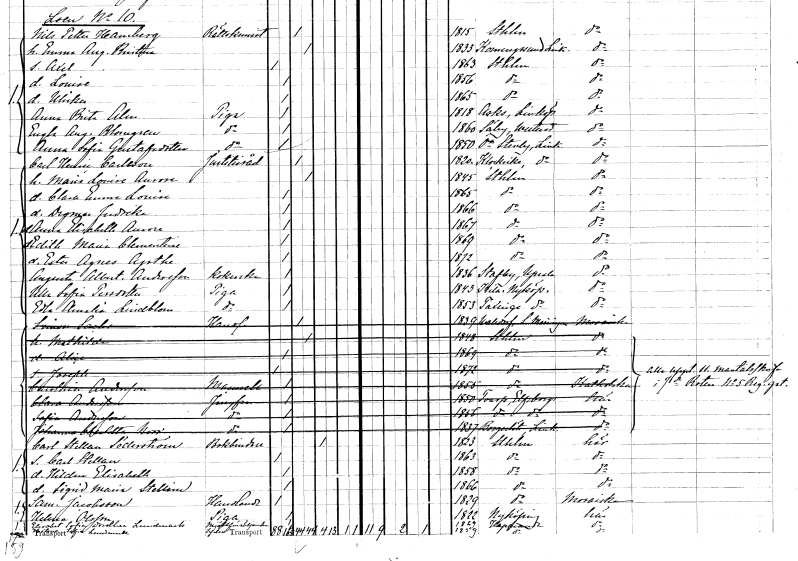
gt_parse: households: individuals: FN: Carl Henric
EN: Carlsson
YRKE: Justitieråd
KON: M
CIV: G
FODAR: 1820
FODFORS: Klockrike Östergötlands län
FN: Marie Louise Aurore
KON: K
CIV: G
FODAR: 1845
FODFORS: Stockholm
FN: Clara Emma Louise
KON: K
CIV: O
FODAR: 1865
FODFORS: Stockholm
FN: Dagmar Fredrika
KON: K
CIV: O
FODAR: 1866
FODFORS: Stockholm
FN: Anna Elisabeth Aurore
KON: K
CIV: O
FODAR: 1867
FODFORS: Stockholm
FN: Edith Maria Clementine
KON: K
CIV: O
FODAR: 1869
FODFORS: Stockholm
FN: Ester Agnes Agathe
KON: K
CIV: O
FODAR: 1872
FODFORS: Stockholm
FN: Augusta Albertina
EN: Andersson
YRKE: Kokerska
KON: K
CIV: O
FODAR: 1836
FODFORS: Stavby Uppsala län
FN: Ulla Sofia
EN: Persdotter
YRKE: Piga
KON: K
CIV: O
FODAR: 1843
FODFORS: Kila Södermanlands län
FN: Edla Amalia
EN: Lindblom
YRKE: Piga
KON: K
CIV: O
FODAR: 1853
FODFORS: Taxinge Stockholms län
FN: Simon
EN: Sachs
YRKE: Handlande
KON: M
CIV: G
FODAR: 1839
FN: Mathilda
KON: K
CIV: G
FODAR: 1848
FODFORS: Stockholm
FN: Alice
KON: K
CIV: O
FODAR: 1869
FODFORS: Stockholm
FN: Joseph
KON: M
CIV: O
FODAR: 1872
FODFORS: Stockholm
FN: Carolina
EN: Andersson
KON: K
CIV: O
FODAR: 1855
FODFORS: Stockholm
FN: Clara
EN: Andersson
YRKE: Jungfru
KON: K
CIV: O
FODAR: 1850
FODFORS: Toarp Älvsborgs län
FN: Sofia
EN: Andersson
YRKE: Jungfru
KON: K
CIV: O
FODAR: 1856
FODFORS: Toarp Älvsborgs län
FN: Johanna Charlotta
EN: Norr
YRKE: Jungfru
KON: K
CIV: O
FODAR: 1837
FODFORS: Borg och Löt Östergötlands län
FN: Carl Stellan
EN: Söderström
YRKE: Bokbindare
KON: M
CIV: E
FODAR: 1823
FODFORS: Stockholm
FN: Carl Stellan
KON: M
CIV: O
FODAR: 1863
FODFORS: Stockholm
FN: Hildur Elisabeth
KON: K
CIV: O
FODAR: 1858
FODFORS: Stockholm
FN: Sigrid Maria Stellina
KON: K
CIV: O
FODAR: 1866
FODFORS: Stockholm
FN: Samuel
EN: Jacobsson
YRKE: Handlande
KON: M
CIV: O
FODAR: 1829
FODFORS: Stockholm
FN: Helena
EN: Olsson
YRKE: Piga
KON: K
CIV: O
FODAR: 1822
FODFORS: Nyköping Södermanlands län
FN: Elisabet Sofia Dorothea
EN: Lundmark
YRKE: Mjölkförsäljerska
KON: K
CIV: O
FODAR: 1829
FODFORS: Haparanda Norrbottens län
FN: Hilma Sofia
EN: Lundmark
YRKE: Syelev
KON: K
CIV: O
FODAR: 1859
FODFORS: Haparanda Norrbottens län